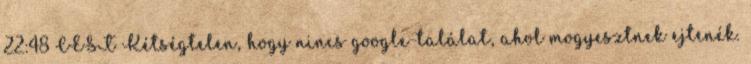
22:48 CEST Kétségtelen, hogy nincs google-találat, ahol mogyesztnek ejtenék.